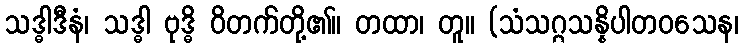
သဒ္ဓါဒီနံ၊ သဒ္ဓါ ဗုဒ္ဓိ ဝိတက်တို့၏။ တထာ၊ တူ။ (သံသဂ္ဂသန္နိပါတဝသေန၊